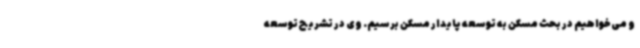
و می‌خواهیم در بحث مسکن به توسعه پایدار مسکن برسیم. وی در تشریح توسعه